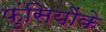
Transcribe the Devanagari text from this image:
फुंसियोंके